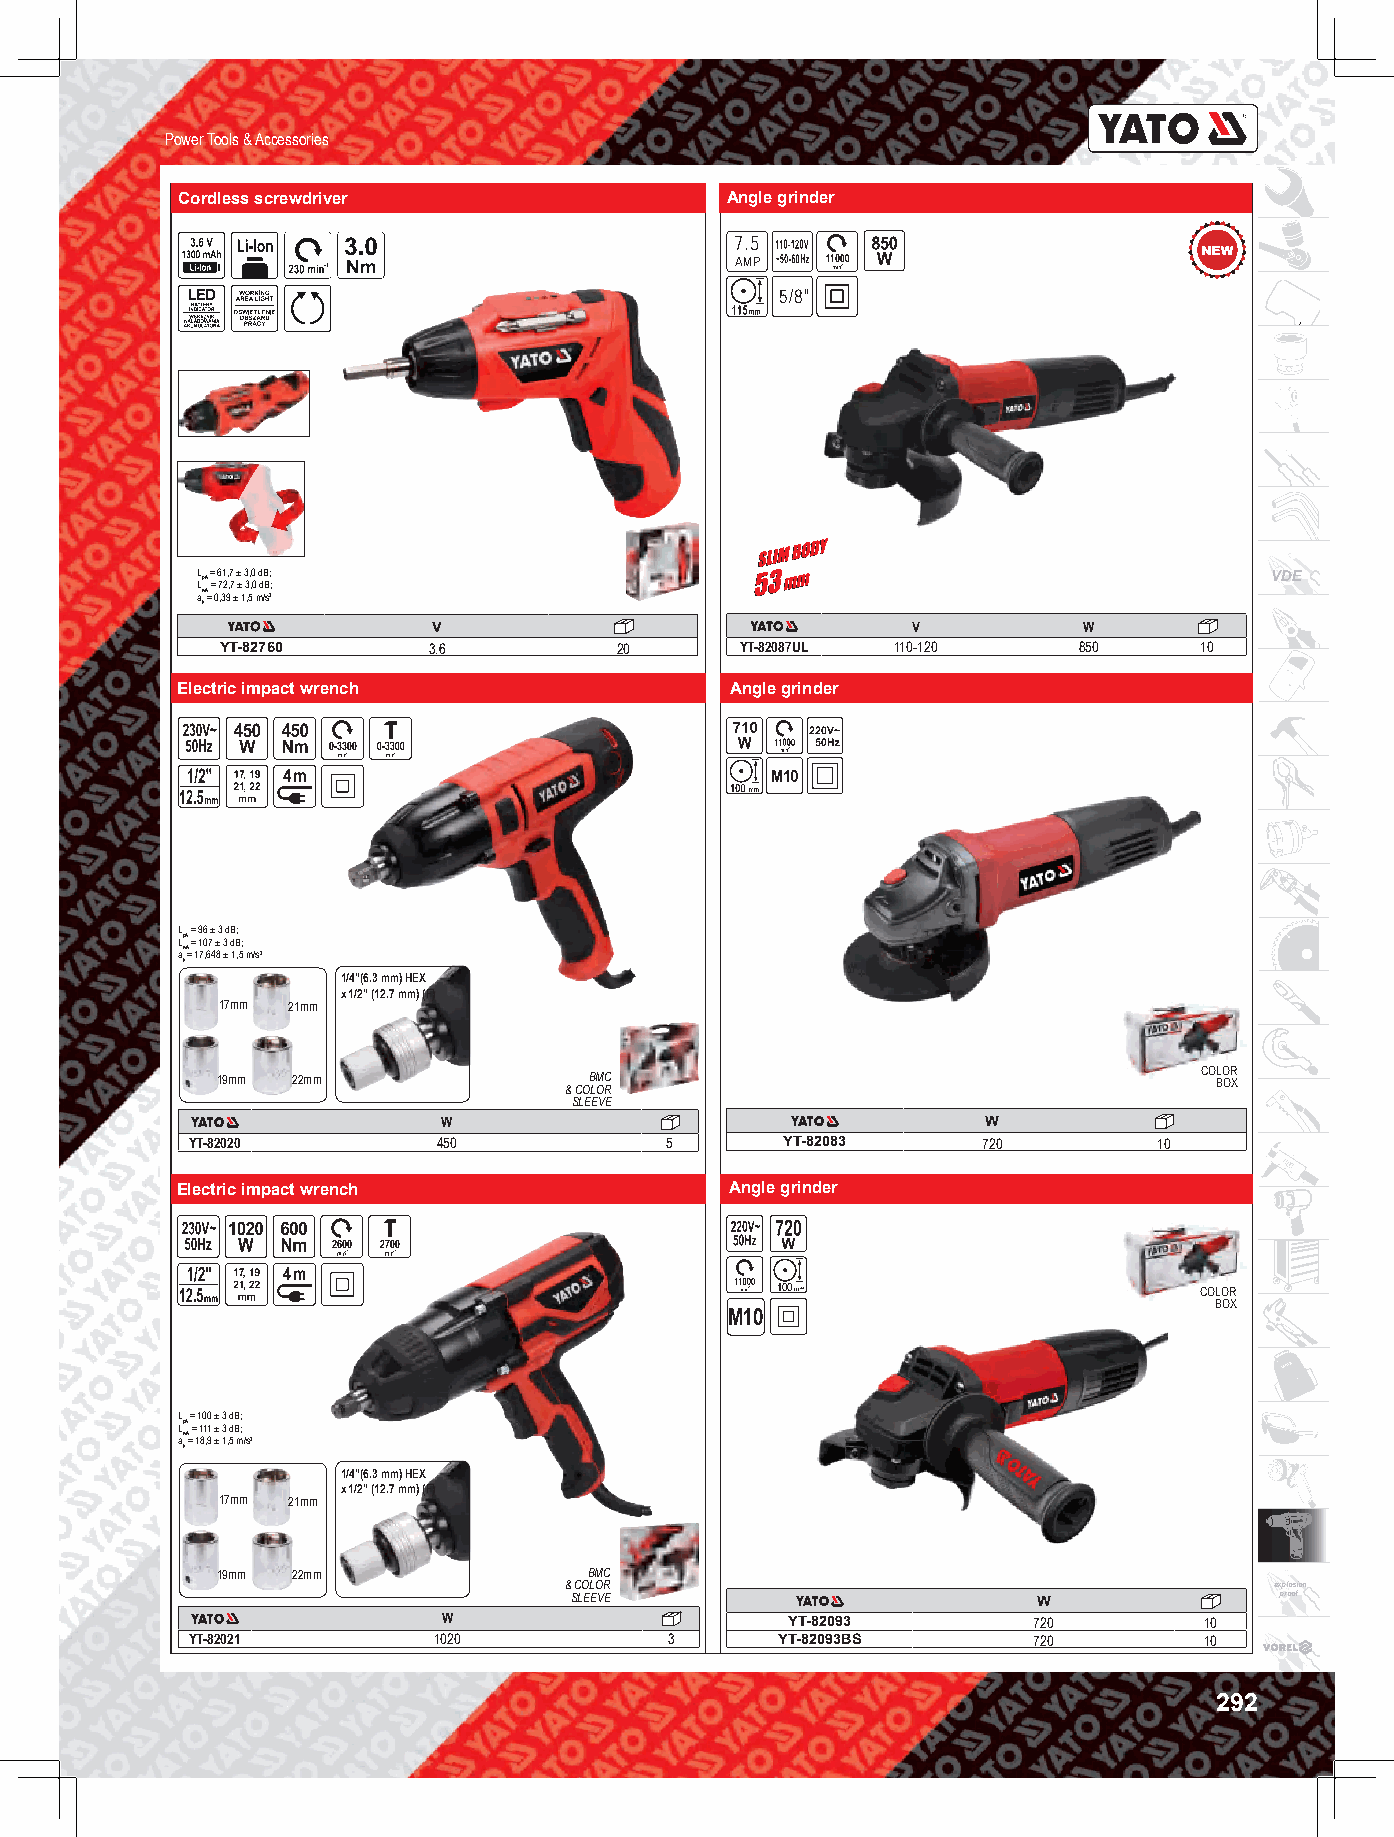
Power Tools & Accessories
 Cordless screwdriver                Angle grinder
 7.5
 AMP
 5/8
 "
 LL pA = = 6 71 2, ,7 7 ± ± 3 3, ,0 0 d dB B; ;                         VDE
 aw A= 0,39 ± 1,5 m/s2
 h
 V                              V           W
 YT-82760     3.6          20      YT-82087UL 110-120    850     10
 Electric impact wrench              Angle grinder
 L = 96 ± 3 dB;
 LpA = 107 ± 3 dB;
 aw A= 17,648 ± 1,5 m/s2
 h
 1/4”(6.3 mm) HEX
 x 1/2” (12.7 mm) (F)
 17mm 21mm
 COLOR
 19mm 22mm                BMC                                      BOX
 & COLOR
 SLEEVE
 W                                   W
 YT-82020         450            5       YT-82083     720         10
 Electric impact wrench              Angle grinder
 00                         COLOR
 BOX
 L = 100 ± 3 dB;
 LpA = 111 ± 3 dB;
 aw A= 18,9 ± 1,5 m/s2
 h
 1/4”(6.3 mm) HEX
 x 1/2” (12.7 mm) (F)
 17mm 21mm
 19mm 22mm                BMC
 & COLOR                                        explosion
 SLEEVE                         W               proof
 W                      YT-82093        720         10
 YT-82021         1020           3      YT-82093BS       720         10
 292